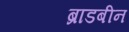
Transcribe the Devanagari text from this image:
ब्राडबीन